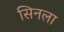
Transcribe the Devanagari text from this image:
सिनला